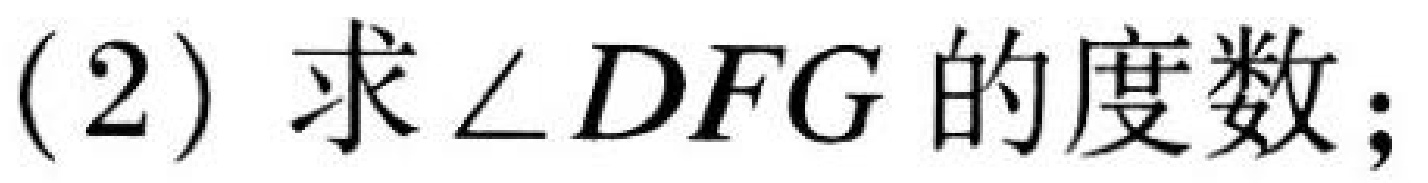
(2) 求 \(\angle DFG\) 的度数；